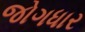
જોગધાર